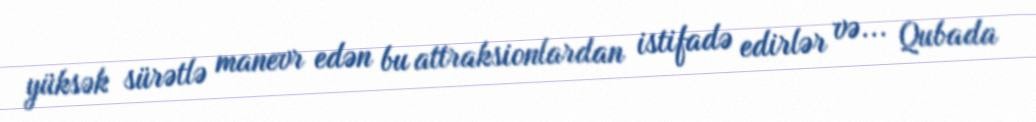
yüksək sürətlə manevr edən bu attraksionlardan istifadə edirlər və... Qubada